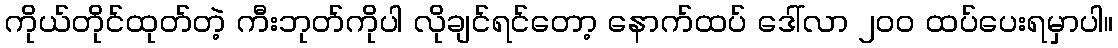
ကိုယ်တိုင်ထုတ်တဲ့ ကီးဘုတ်ကိုပါ လိုချင်ရင်တော့ နောက်ထပ် ဒေါ်လာ ၂၀၀ ထပ်ပေးရမှာပါ။